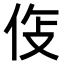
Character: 𫢛